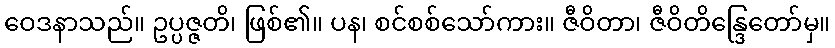
ဝေဒနာသည်။ ဥပ္ပဇ္ဇတိ၊ ဖြစ်၏။ ပန၊ စင်စစ်သော်ကား။ ဇီဝိတာ၊ ဇီဝိတိန္ဒြေတော်မှ။